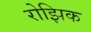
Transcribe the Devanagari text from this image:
रोझिक